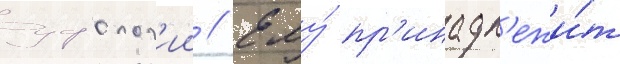
уфолог'ии // Ему́ пр'инадл'ежи́т